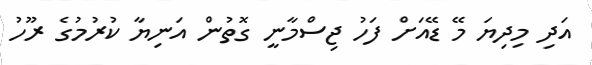
އަދި މިދިޔަ މޭ ޑޭއަށް ފަހު ޖިސްމާނީ ގޮތުން އަނިޔާ ކުރުމުގެ ރޫހު